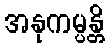
အနုကမ္ပန္တိ